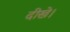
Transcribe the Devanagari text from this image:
दीखे।